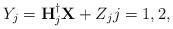
LaTeX: \begin{align*}Y_j=\mathbf{H}_j^{\dagger}\mathbf{X}+Z_j j=1,2,\end{align*}